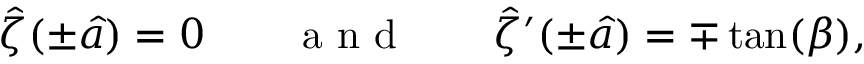
\hat { \zeta } ( \pm \hat { a } ) = 0 \qquad \mathrm { ~ a ~ n ~ d ~ } \qquad \hat { \zeta } ^ { \prime } ( \pm \hat { a } ) = \mp \tan ( \beta ) ,